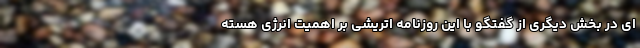
ای در بخش دیگری از گفتگو با این روزنامه اتریشی بر اهمیت انرژی هسته